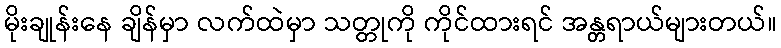
မိုးချုန်းနေ ချိန်မှာ လက်ထဲမှာ သတ္တုကို ကိုင်ထားရင် အန္တရာယ်များတယ်။